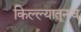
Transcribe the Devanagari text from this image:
किल्ल्यातूनच